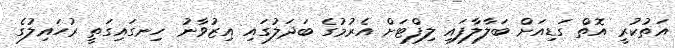
އަތުކުރީ އޮތް ގަޑިއަށް ބަލާލާފައި ލިފްޓަށް އެރުމުގެ ބަދަލުގައި އިޒުވާނު ހިނގައިގަތީ ރުހައިލުގެ